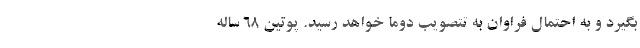
بگیرد و به احتمال فراوان به تتصویب دوما خواهد رسید. پوتین 68 ساله